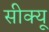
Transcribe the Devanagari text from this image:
सीक्यू